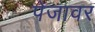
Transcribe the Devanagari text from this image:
पेजावर